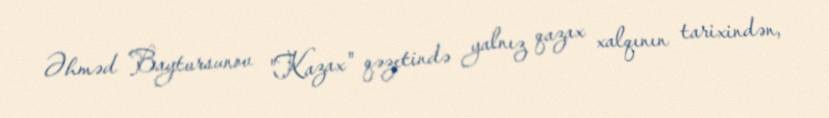
Əhməd Baytursunov "Kazax" qəzetində yalnız qazax xalqının tarixindən,